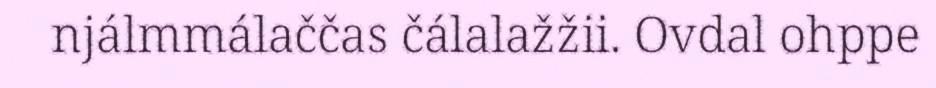
njálmmálaččas čálalažžii. Ovdal ohppe